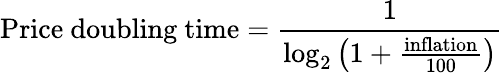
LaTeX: {\mathrm{Price~doubling~time}}={\frac{1}{\log_{2}\left(1+{\frac{\mathrm{inflation}}{100}}\right)}}